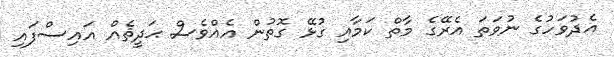
އެދުވަހުގެ ނުވަތަ އެރޭގެ މާތް ކަމާއި ގުޅޭ ގޮތުން އެއްވެސް ޙަދީޘެއް އައިސްފައި